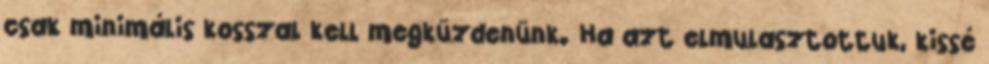
csak minimális kosszal kell megküzdenünk. Ha azt elmulasztottuk, kissé